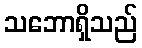
သဘောရှိသည်